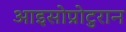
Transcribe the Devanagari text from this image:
आइसोप्रोटुरान